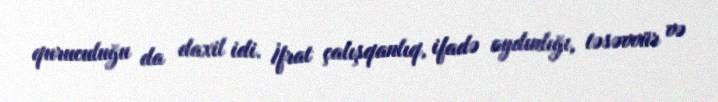
quruculuğu da daxil idi. İfrat çalışqanlıq, ifadə aydınlığı, təsəvvür və